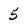
Character: 5